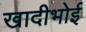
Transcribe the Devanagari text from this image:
खादीभोई